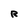
Character: R